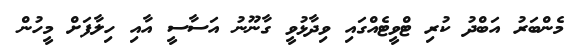
މެންބަރު އަބްދު ކުރި ޓްވީޓެއްގައި ވިދާޅުވީ ގާނޫނު އަސާސީ އާއި ހިލާފަށް މީހުން